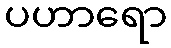
ပဟာရော